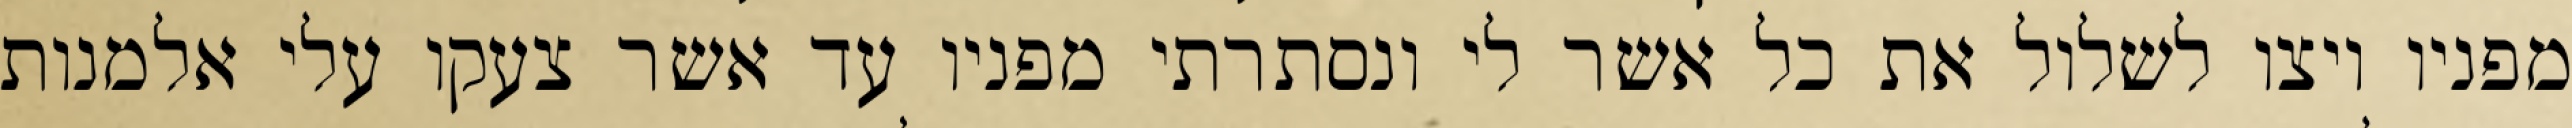
מפניו ויצו לשלול את כל אשר לי ונסתרתי מפניו עד אשר צעקו עלי אלמנות